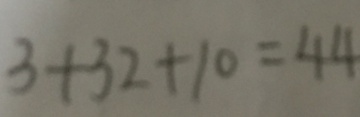
3 + 3 2 + 1 0 = 4 4